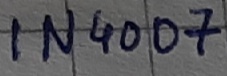
Text: IN4007